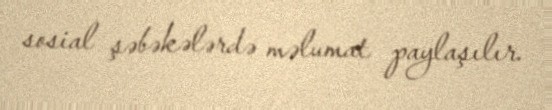
sosial şəbəkələrdə məlumat paylaşılır.